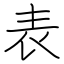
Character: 表